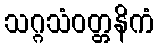
သဂ္ဂသံဝတ္တနိကံ